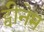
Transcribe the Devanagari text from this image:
ट्वीनेम